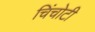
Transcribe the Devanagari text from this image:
चिंचोटी